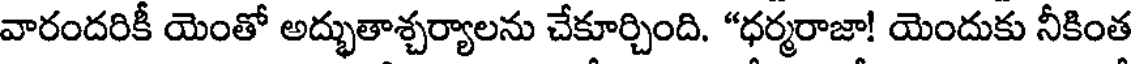
వారందరికీ యెంతో అద్భుతాశ్చర్యాలను చేకూర్చింది. "ధర్మరాజా! యెందుకు నీకింత